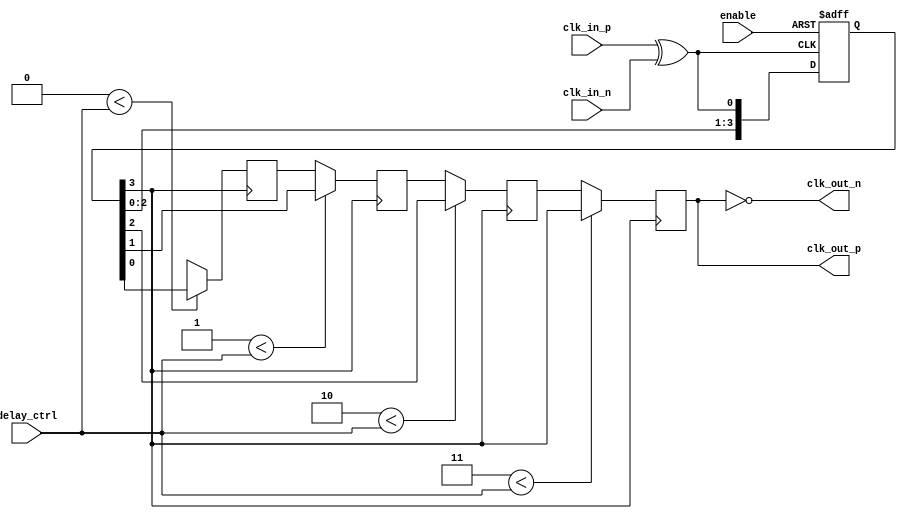
module skew_optimized_clock_buffer (
    input wire clk_in_p,           // Differential clock input positive
    input wire clk_in_n,           // Differential clock input negative
    input wire [3:0] delay_ctrl,   // Programmable delay control
    input wire enable,              // Enable signal for the clock buffer
    output wire clk_out_p,          // Differential clock output positive
    output wire clk_out_n           // Differential clock output negative
);

    // Internal signals
    wire clk_buf;                  // Buffered clock signal
    wire clk_delayed;              // Delayed clock signal
    wire clk_feedback;             // Feedback clock signal for monitoring

    // Input stage: Differential to single-ended conversion
    wire clk_diff;
    assign clk_diff = clk_in_p ^ clk_in_n; // Simple XOR for differential input

    // Multi-stage buffering
    reg [3:0] buffer_stage;        // Buffer stages for drive strength
    always @(posedge clk_diff or negedge enable) begin
        if (!enable) begin
            buffer_stage <= 4'b0000; // Reset buffer stages
        end else begin
            buffer_stage <= {buffer_stage[2:0], clk_diff}; // Shift register for buffering
        end
    end

    // Adjustable delay line (simple implementation)
    reg [3:0] delay_line [0:3];    // 4-stage delay line
    integer i;
    always @(posedge buffer_stage[3]) begin
        for (i = 0; i < 4; i = i + 1) begin
            if (i < delay_ctrl) begin
                delay_line[i] <= buffer_stage[i]; // Apply delay based on control
            end else begin
                delay_line[i] <= delay_line[i-1]; // Propagate the signal
            end
        end
    end

    // Output stage: Drive the output clock
    assign clk_delayed = delay_line[3]; // Final output from the delay line
    assign clk_out_p = clk_delayed;      // Positive output
    assign clk_out_n = ~clk_delayed;     // Negative output (inverted for differential)

    // Feedback mechanism (optional)
    assign clk_feedback = clk_out_p;     // Feedback for monitoring skew

    // Temperature compensation and isolation features can be added here

endmodule